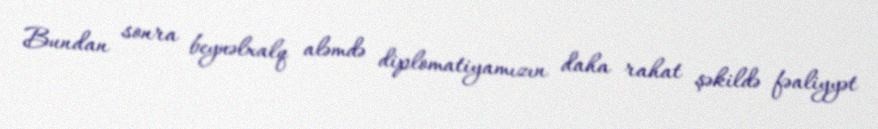
Bundan sonra beynəlxalq aləmdə diplomatiyamızın daha rahat şəkildə fəaliyyət